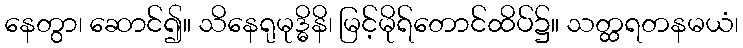
နေတွာ၊ ဆောင်၍။ သိနေရုမုဒ္ဓိနိ၊ မြင့်မိုရ်တောင်ထိပ်၌။ သတ္ထရတနမယံ၊